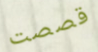
قصصت